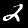
Digit: 2